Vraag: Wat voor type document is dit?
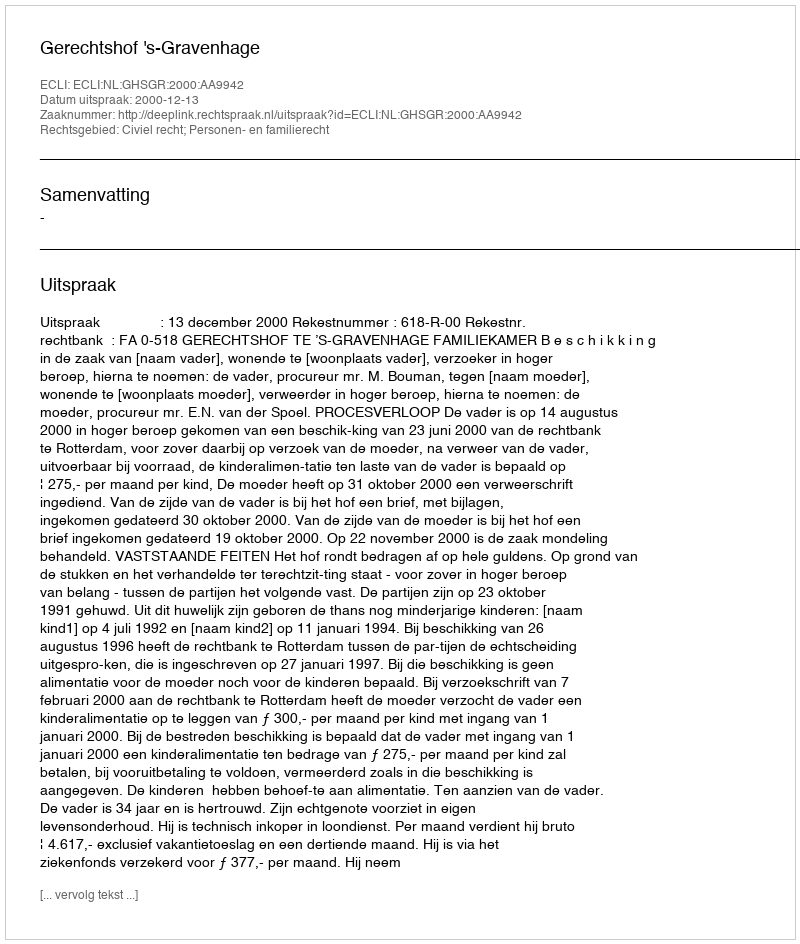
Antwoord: Uitspraak